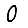
Digit: 0